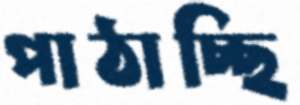
পাঠাচ্ছি